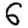
Digit: 6